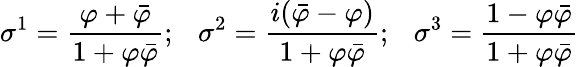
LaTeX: \sigma^{1}=\frac{\varphi+\bar{\varphi}}{1+\varphi\bar{\varphi}};~~~\sigma^{2}=\frac{i(\bar{\varphi}-\varphi)}{1+\varphi\bar{\varphi}};~~~\sigma^{3}=\frac{1-\varphi\bar{\varphi}}{1+\varphi\bar{\varphi}}